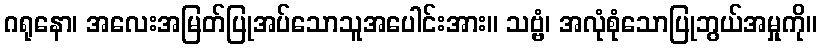
ဂရုနော၊ အလေးအမြတ်ပြုအပ်သောသူအပေါင်းအား။ သဗ္ဗံ၊ အလုံစုံသောပြုဘွယ်အမှုကို။